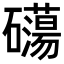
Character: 𥗔